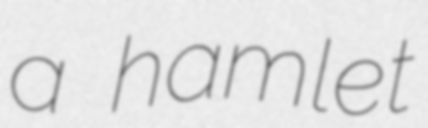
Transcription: a hamlet